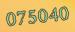
075040